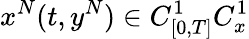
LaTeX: x^{N}(t,y^{N})\in C_{[0,T]}^{1}C_{x}^{1}